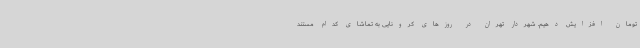
تومان افزایش دهیم. شهردار تهران در روزهای کرونایی به تماشای کدام مستند